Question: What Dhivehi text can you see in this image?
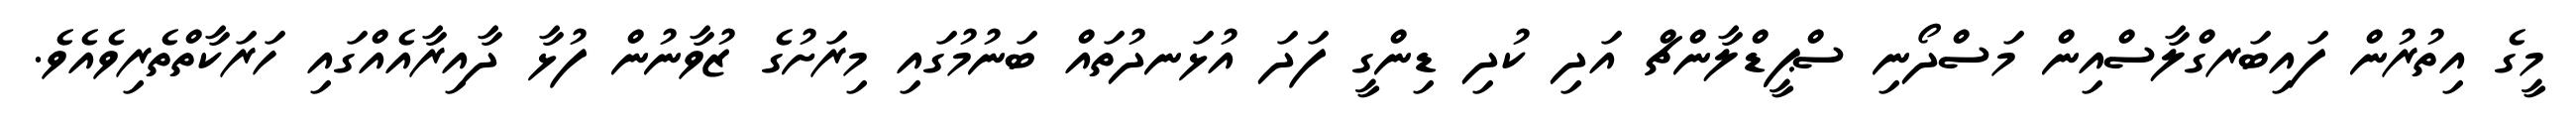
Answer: މީގެ އިތުރުން ފައިބަރގްލާސްއިން މަސްދޯނި ސްޕީޑްލާންޗް އަދި ކުދި ޑިންގީ ފަދަ އުޅަނދުތައް ބަނުމުގައި މިރަށުގެ ޒުވާނުން ފުޅާ ދާއިރާއެއްގައި ހަރަކާތްތެރިވެއެވެ.